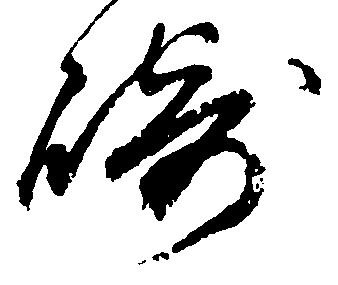
崎